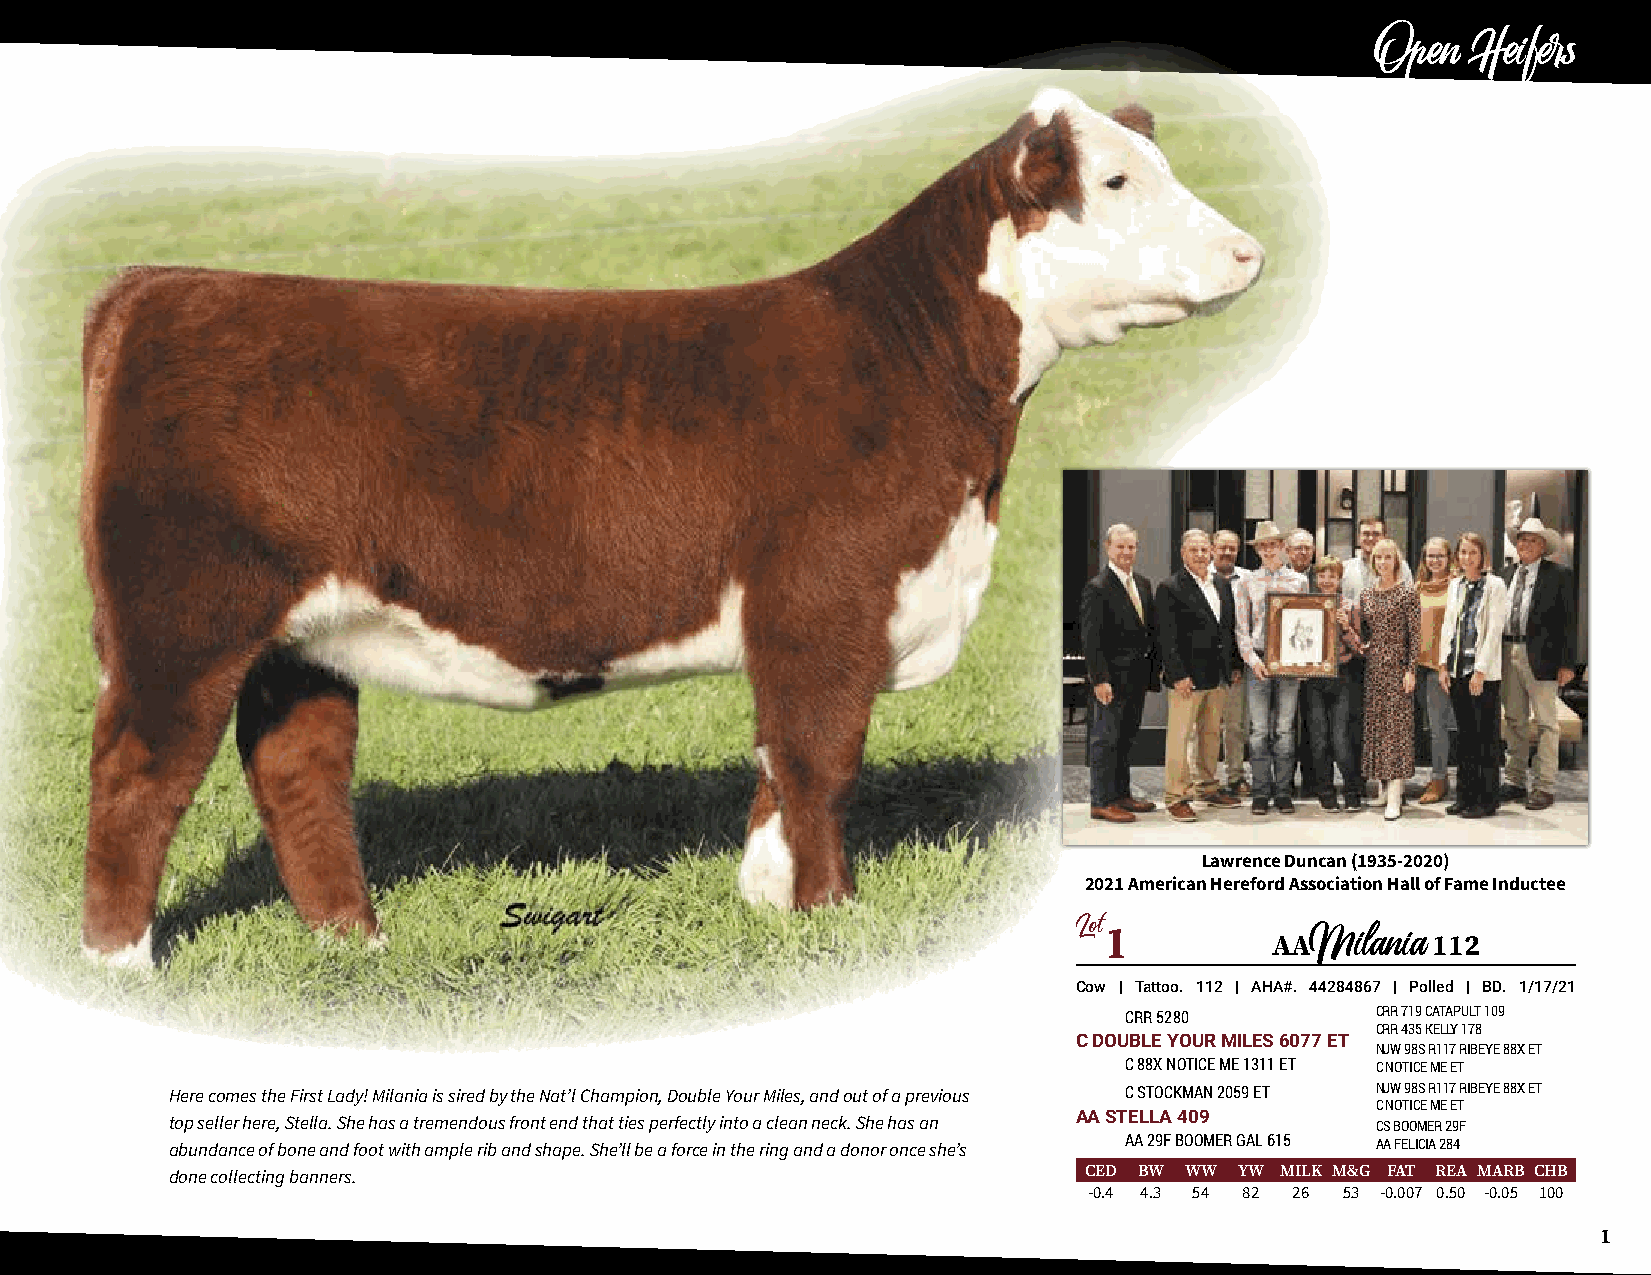
Open   Heifers
 Lawrence Duncan (1935-2020)
 2021 American Hereford Association Hall of Fame Inductee
 Lot1
 AA         112
 Milania
 Cow | Tattoo. 112 | AHA#. 44284867 | Polled | BD. 1/17/21
 CRR 5280         CRR 719 CATAPULT 109
 CRR 435 KELLY 178
 C DOUBLE YOUR MILES 6077 ET
 NJW 98S R117 RIBEYE 88X ET
 C 88X NOTICE ME 1311 ET C NOTICE ME ET
 Here comes the First Lady! Milania is sired by the Nat’l Champion, Double Your Miles, and out of a previous C STOCKMAN 2059 ET NJW 98S R117 RIBEYE 88X ET
 C NOTICE ME ET
 top seller here, Stella. She has a tremendous front end that ties perfectly into a clean neck. She has an AA STELLA 409 CS BOOMER 29F
 abundance of bone and foot with ample rib and shape. She’ll be a force in the ring and a donor once she’s AA 29F BOOMER GAL 615 AA FELICIA 284
 done collecting banners.                                     CED BW WW YW MILK M&G FAT REA MARB CHB
 -0.4 4.3 54 82 26 53 -0.007 0.50 -0.05 100
 1